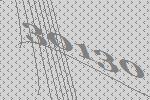
30130